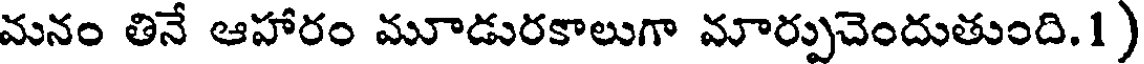
మనం తినే ఆహారం మూడురకాలుగా మార్పుచెందుతుంది.1)